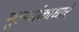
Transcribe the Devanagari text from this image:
मूल्यांकाधारे